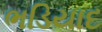
ભડિયાદ